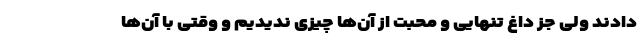
دادند ولی جز داغ تنهایی و محبت از آن‌ها چیزی ندیدیم و وقتی با آن‌ها